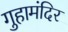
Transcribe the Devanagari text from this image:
गुहामंदिर